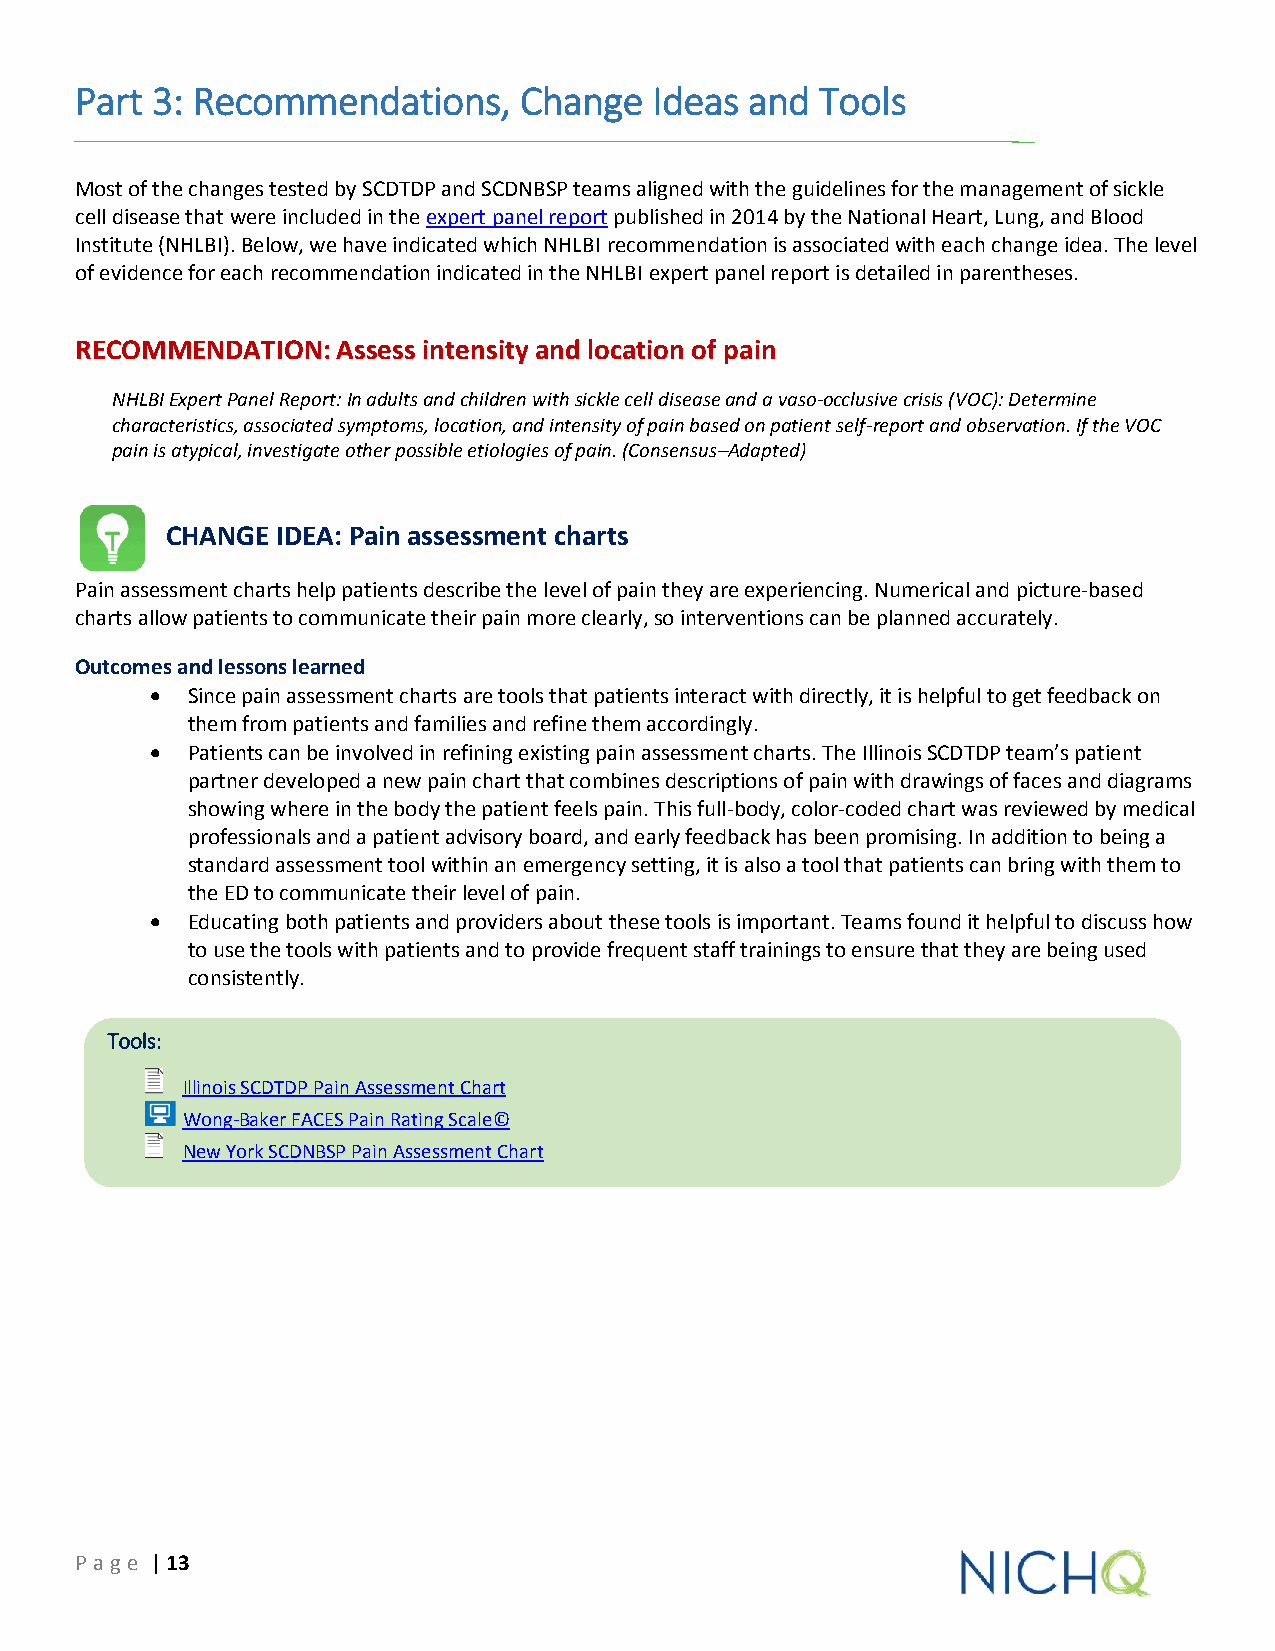
Part 3: Recommendations,     Change   Ideas  and Tools
 Most of the changes tested by SCDTDP and SCDNBSP teams aligned with the guidelines for the management of sickle
 cell disease that were included in the expert panel report published in 2014 by the National Heart, Lung, and Blood
 Institute (NHLBI). Below, we have indicated which NHLBI recommendation is associated with each change idea. The level
 of evidence for each recommendation indicated in the NHLBI expert panel report is detailed in parentheses.
 RECOMMENDATION:  Assess intensity and location of pain
 NHLBI Expert Panel Report: In adults and children with sickle cell disease and a vaso-occlusive crisis (VOC): Determine
 characteristics, associated symptoms, location, and intensity of pain based on patient self-report and observation. If the VOC
 pain is atypical, investigate other possible etiologies of pain. (Consensus–Adapted)
 CHANGE IDEA: Pain assessment charts
 Pain assessment charts help patients describe the level of pain they are experiencing. Numerical and picture-based
 charts allow patients to communicate their pain more clearly, so interventions can be planned accurately.
 Outcomes and lessons learned
  Since pain assessment charts are tools that patients interact with directly, it is helpful to get feedback on
 them from patients and families and refine them accordingly.
  Patients can be involved in refining existing pain assessment charts. The Illinois SCDTDP team’s patient
 partner developed a new pain chart that combines descriptions of pain with drawings of faces and diagrams
 showing where in the body the patient feels pain. This full-body, color-coded chart was reviewed by medical
 professionals and a patient advisory board, and early feedback has been promising. In addition to being a
 standard assessment tool within an emergency setting, it is also a tool that patients can bring with them to
 the ED to communicate their level of pain.
  Educating both patients and providers about these tools is important. Teams found it helpful to discuss how
 to use the tools with patients and to provide frequent staff trainings to ensure that they are being used
 consistently.
 Tools:
 Illinois SCDTDP Pain Assessment Chart
 Wong-Baker FACES Pain Rating Scale©
 New York SCDNBSP Pain Assessment Chart
 P age | 13